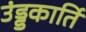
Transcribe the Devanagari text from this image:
उंड्डकार्ति